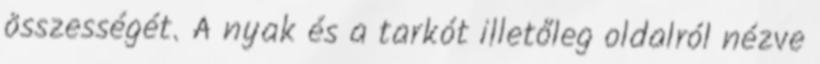
összességét. A nyak és a tarkót illetőleg oldalról nézve